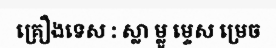
គ្រឿងទេស : ស្លា ម្លូ ម្ទេស ម្រេច